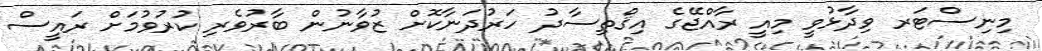
މިނިސްޓަރ ވިދާޅުވީ މިއީ ރާއްޖޭގެ އިޤްތިސާދު ހަރުދަނާކޮށް ޒުވާނުން ބާރުވެރި ކުރުވުމަށް ރައީސް